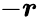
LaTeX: -\boldsymbol r